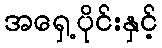
အရှေ့ပိုင်းနှင့်